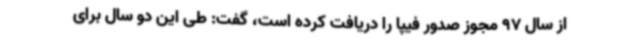
از سال 97 مجوز صدور فیپا را دریافت کرده است، گفت: طی این دو سال برای